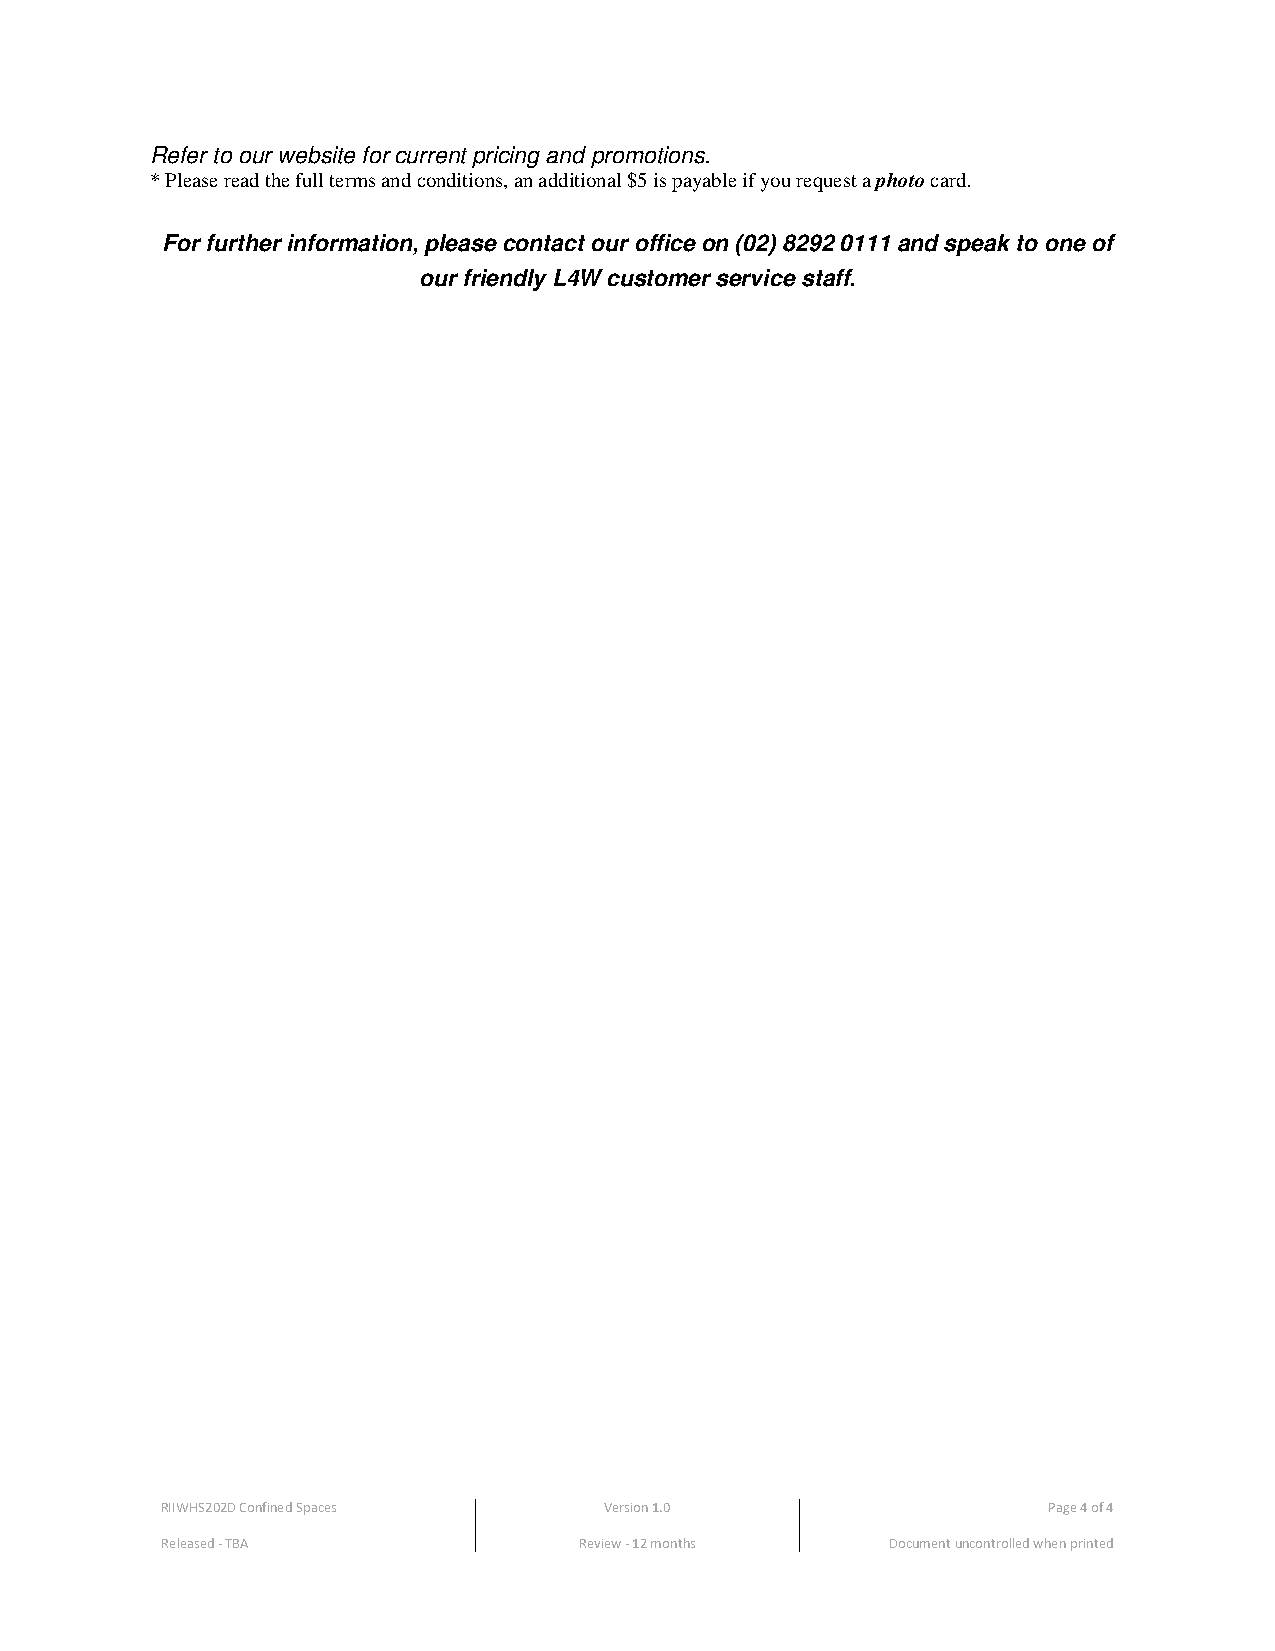
Refer to our website for current pricing and promotions.
 * Please read the full terms and conditions, an additional $5 is payable if you request a photo card.
 For further information, please contact our office on (02) 8292 0111 and speak to one of
 our friendly L4W customer service staff.
 RIIWHS202D Confined Spaces   Version 1.0                  Page 4 of 4
 Released - TBA             Review - 12 months   Document uncontrolled when printed